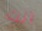
انت